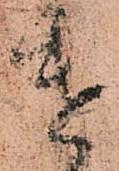
遣